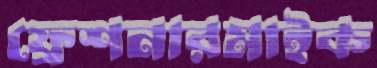
ফ্রেশনারমাইক